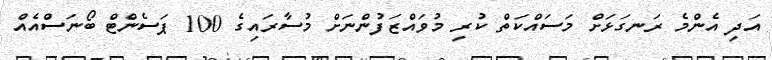
އަދި އެންމެ ރަނގަޅަށް މަސައްކަތް ކުރި މުވައްޒަފުންނަށް މުސާރައިގެ 100 ޕަސެންޓް ބޯނަސްއެއް